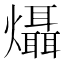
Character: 㸎